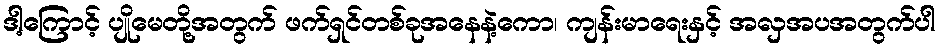
ဒါ့ကြောင့် ပျိုမေတို့အတွက် ဖက်ရှင်တစ်ခုအနေနဲ့ကော၊ ကျန်းမာရေးနှင့် အလှအပအတွက်ပါ